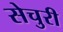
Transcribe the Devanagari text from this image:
सेचुरी